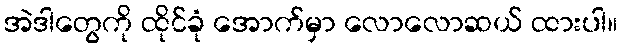
အဲဒါတွေကို ထိုင်ခုံ အောက်မှာ လောလောဆယ် ထားပါ။